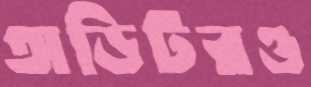
অডিটরও